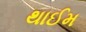
થાઈમ